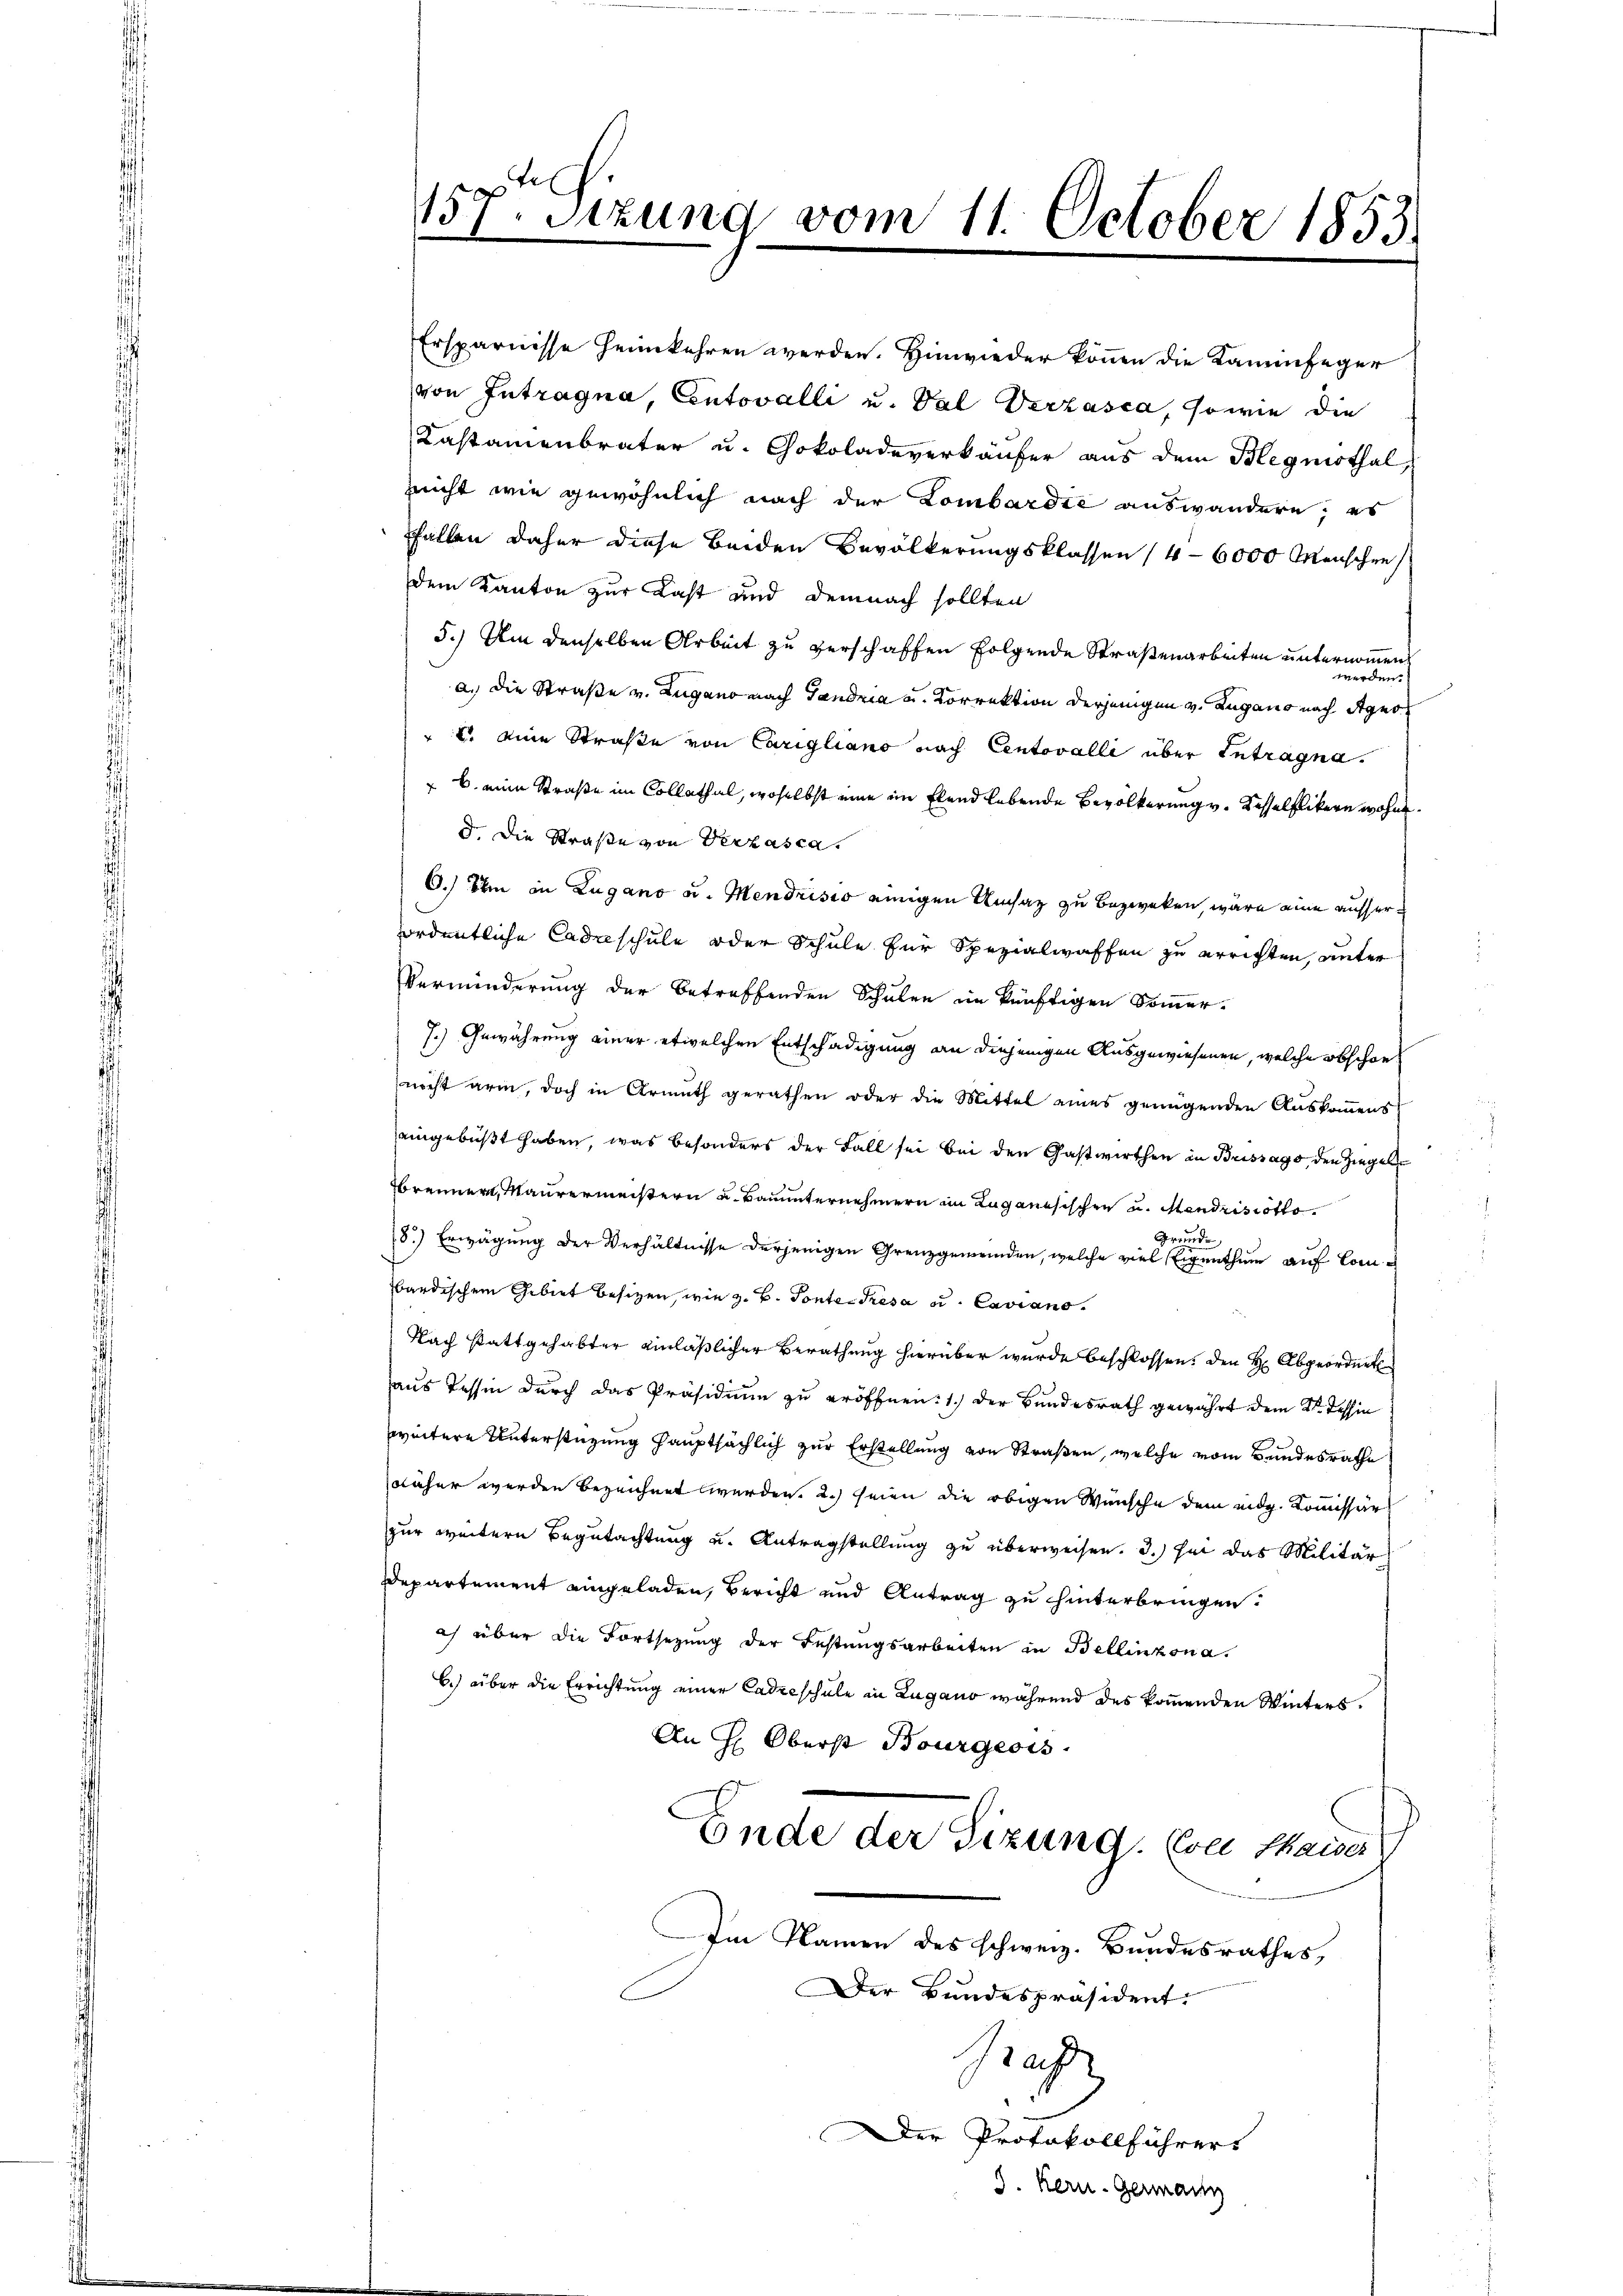
157. Sitzung vom 11. October 1853.

Ersparnisse heimkehren werden. Hinwieder können die Kaminfeger
von Intragna, Contovalli u. Val Verzasca, sowie die
Kastamenbrater u. Chokoladeverkäufer aus dem Blegmothal,
nicht wie gewöhnlich nach der Lombardie auswandern; es
Fallen daher diese beiden Bevölkerungsklassen (4-6000 Menschen
dem Kanton zur Last und demnach sollten
5.) Um denselben Arbeit zu verschaffen folgende Straßenarbeiten unternommen
werden.
a.) Die Straße v. Lugano nach Tandria u. Korrektion derjenigen v. Lugano nach Stges
" eine Straße von Carigliano nach Centovalli über Intragna¬
 b. eine Straße im Collathal, woselbst eine im Elend lebende Bevölkerung v. Kasselflikern wohne.
d. Die Straße von Verzasca.
O. Ihm in Zugano u. Mendrisio einigen Umsaz zu bezweken, wäre eine ausserfordentliche Cadaschule oder Schule für Spezialwaffen zu errichten, unter
Verminderung der betreffenden Schulen im künftigen Soṁer-
7.) Gewährung einer etwelchen Entschädigung an diejenigen Ausgewiesenen, welche obschon
nicht arin, doch in Armuth gerathen oder die Mittel eines genügenden Auskommens
eingebüßt haben, was besonders der Fall sei bei den Gastwirthen in Brissago den Ziegel¬
Brenner, Maurermeistern u. Bauunternehmern in Luganesischen u. Mendrisotto.
Gründe
18.) Erwägung der Verhältnisse derjenigen Grenzgemeinden, welche viel Eigenthum auf Combardischem Gebiet besizen, wie z. B. Ponte Presa u. Caviano.
Nach stattgehabter einläßlicher Berathung hierüber wurde beschlossen, den H: Abgeordnet
aus Tessin durch das Präsidium zu eröffnen: 1.) der Bundesrath gewährt dem 2ten Tessin
weitere Unterstüzung hauptsächlich zur Erstellung von Straßen, welche vom Bundesrathe
näher werden bezeichnet werden. 2.) seien die obigen Wünsche dem eidg. Kommissär
zur weitern Begutachtung u. Antragstellung zu überweisen. 3.) sei das Militär
Departement eingeladen, Bericht und Antrag zu hinterbringen.
ich über die Fortsetzung der Festungsarbeiten in Bellinzona.
b.) über die Errichtung einer Cadicschule in Lugano während des kommenden Winters.
An H: Oberst Bourgeois
Ende der Sizung. Eine Kaiser
Am Namen des schweiz. Bundesrathes,
Der Bundespräsident.
Sache
Der Protokollführers
8. Kern. Germann